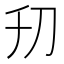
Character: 𠚲